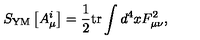
S _ { \mathrm { Y M } } \left[ A _ { \mu } ^ { i } \right] = \frac 1 2 \mathrm { t r } \int d ^ { 4 } x F _ { \mu \nu } ^ { 2 } ,